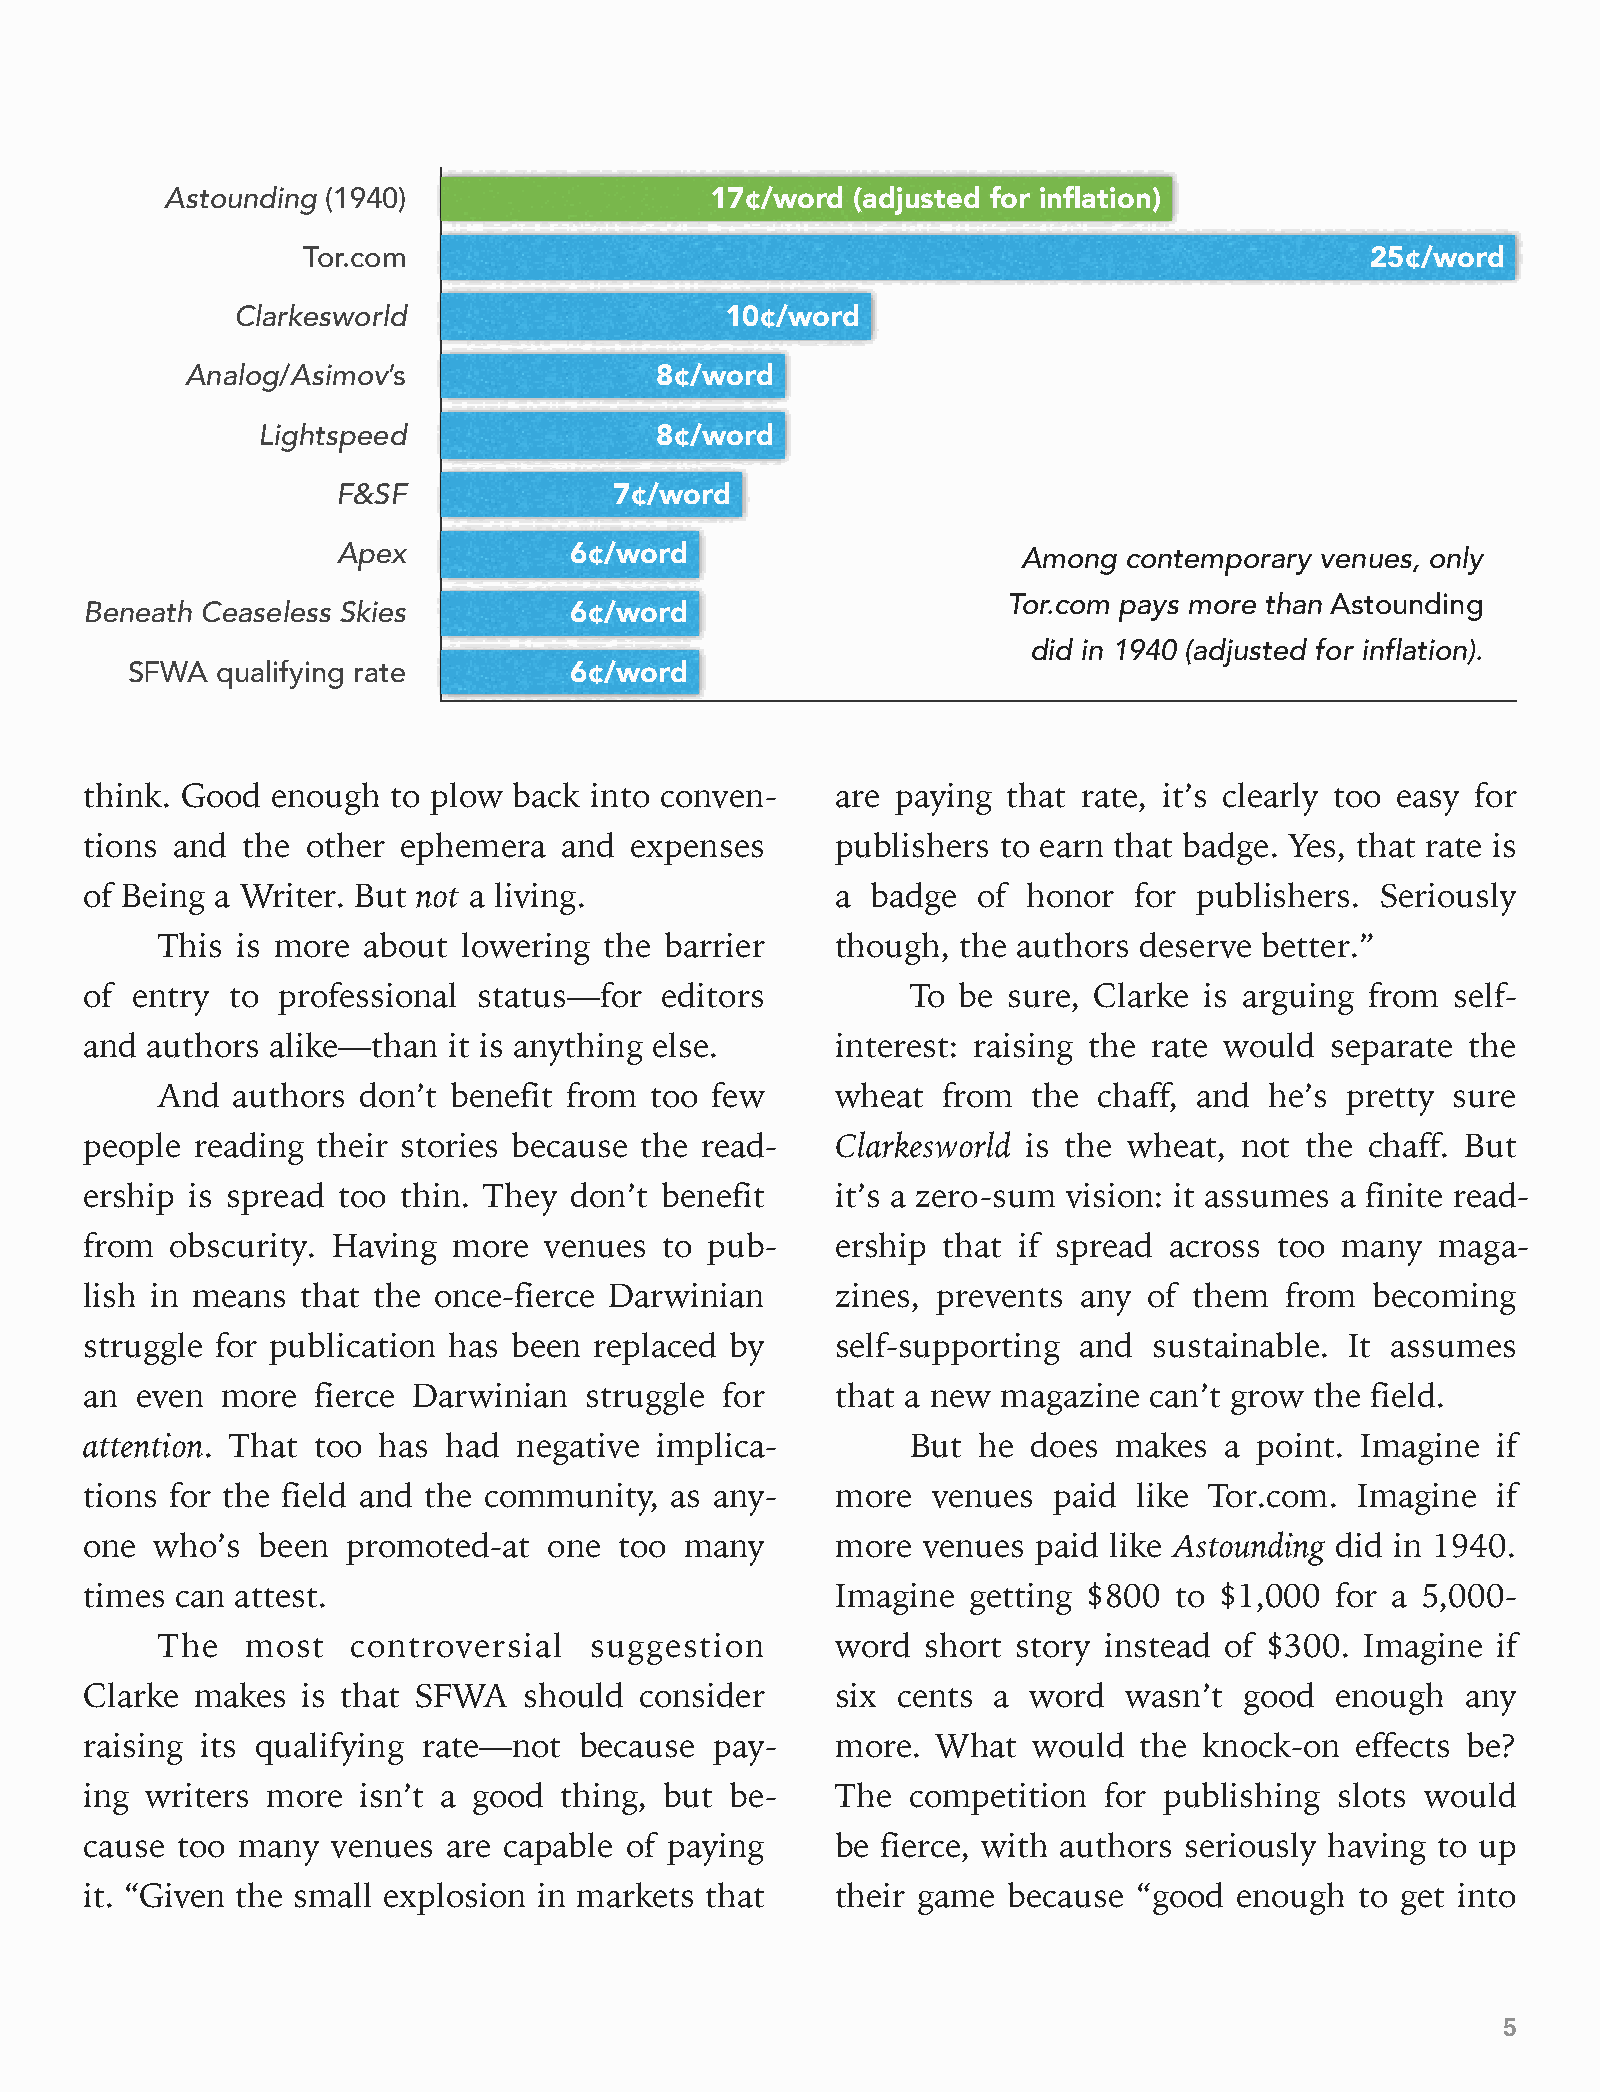
Astounding (1940)                   17¢/word  (adjusted for inflation)
 Tor.com                                                                25¢/word
 Clarkesworld                     10¢/word
 Analog/Asimov’s                8¢/word
 Lightspeed                8¢/word
 F&SF               7¢/word
 Apex            6¢/word                       Among  contemporary venues, only
 Tor.com pays more than Astounding
 Beneath Ceaseless Skies         6¢/word
 did in 1940 (adjusted for inflation).
 SFWA  qualifying rate         6¢/word
 think. Good enough  to plow back into conven-    are paying  that rate, it’s clearly too easy for
 tions and the other  ephemera  and  expenses     publishers to earn that badge. Yes, that rate is
 of Being a Writer. But not a living.             a  badge  of honor  for publishers. Seriously
 This  is more about  lowering the barrier    though,  the authors deserve better.”
 of entry to professional  status—for  editors         To  be sure, Clarke is arguing from self-
 and authors alike—than  it is anything else.     interest: raising the rate would separate the
 And  authors  don’t benefit from too few     wheat  from  the  chaff, and he’s pretty sure
 people reading their stories because the read-   Clarkesworld is the wheat, not the  chaff. But
 ership is spread too thin. They don’t benefit    it’s a zero-sum vision: it assumes a finite read-
 from obscurity. Having  more  venues  to pub-    ership that if spread across  too many  maga-
 lish in means that the once-fierce Darwinian     zines, prevents any  of them  from  becoming
 struggle for publication has been replaced by    self-supporting and  sustainable. It assumes
 an even  more  fierce Darwinian  struggle for    that a new magazine  can’t grow the field.
 attention. That too has had negative implica-         But  he does  makes  a point. Imagine  if
 tions for the field and the community, as any-   more   venues  paid like Tor.com.  Imagine  if
 one who’s  been  promoted-at  one  too many      more  venues  paid like Astounding did in 1940.
 times can attest.                                Imagine  getting $800  to $1,000 for a 5,000-
 The   most   controversial   suggestion      word  short story instead of $300. Imagine  if
 Clarke makes  is that SFWA   should consider     six cents  a word   wasn’t good  enough   any
 raising its qualifying rate—not because  pay-    more.  What  would  the  knock-on  effects be?
 ing writers more  isn’t a good thing, but be-    The  competition  for publishing  slots would
 cause too many  venues  are capable of paying    be fierce, with authors seriously having to up
 it. “Given the small explosion in markets that   their game  because “good  enough  to get into
 5